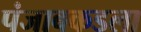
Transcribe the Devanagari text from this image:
पंजाबकडला